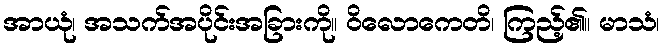
အာယုံ၊ အသက်အပိုင်းအခြားကို။ ဝိလောကေတိ၊ ကြည့်၏။ မာသံ၊